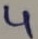
Text: 4